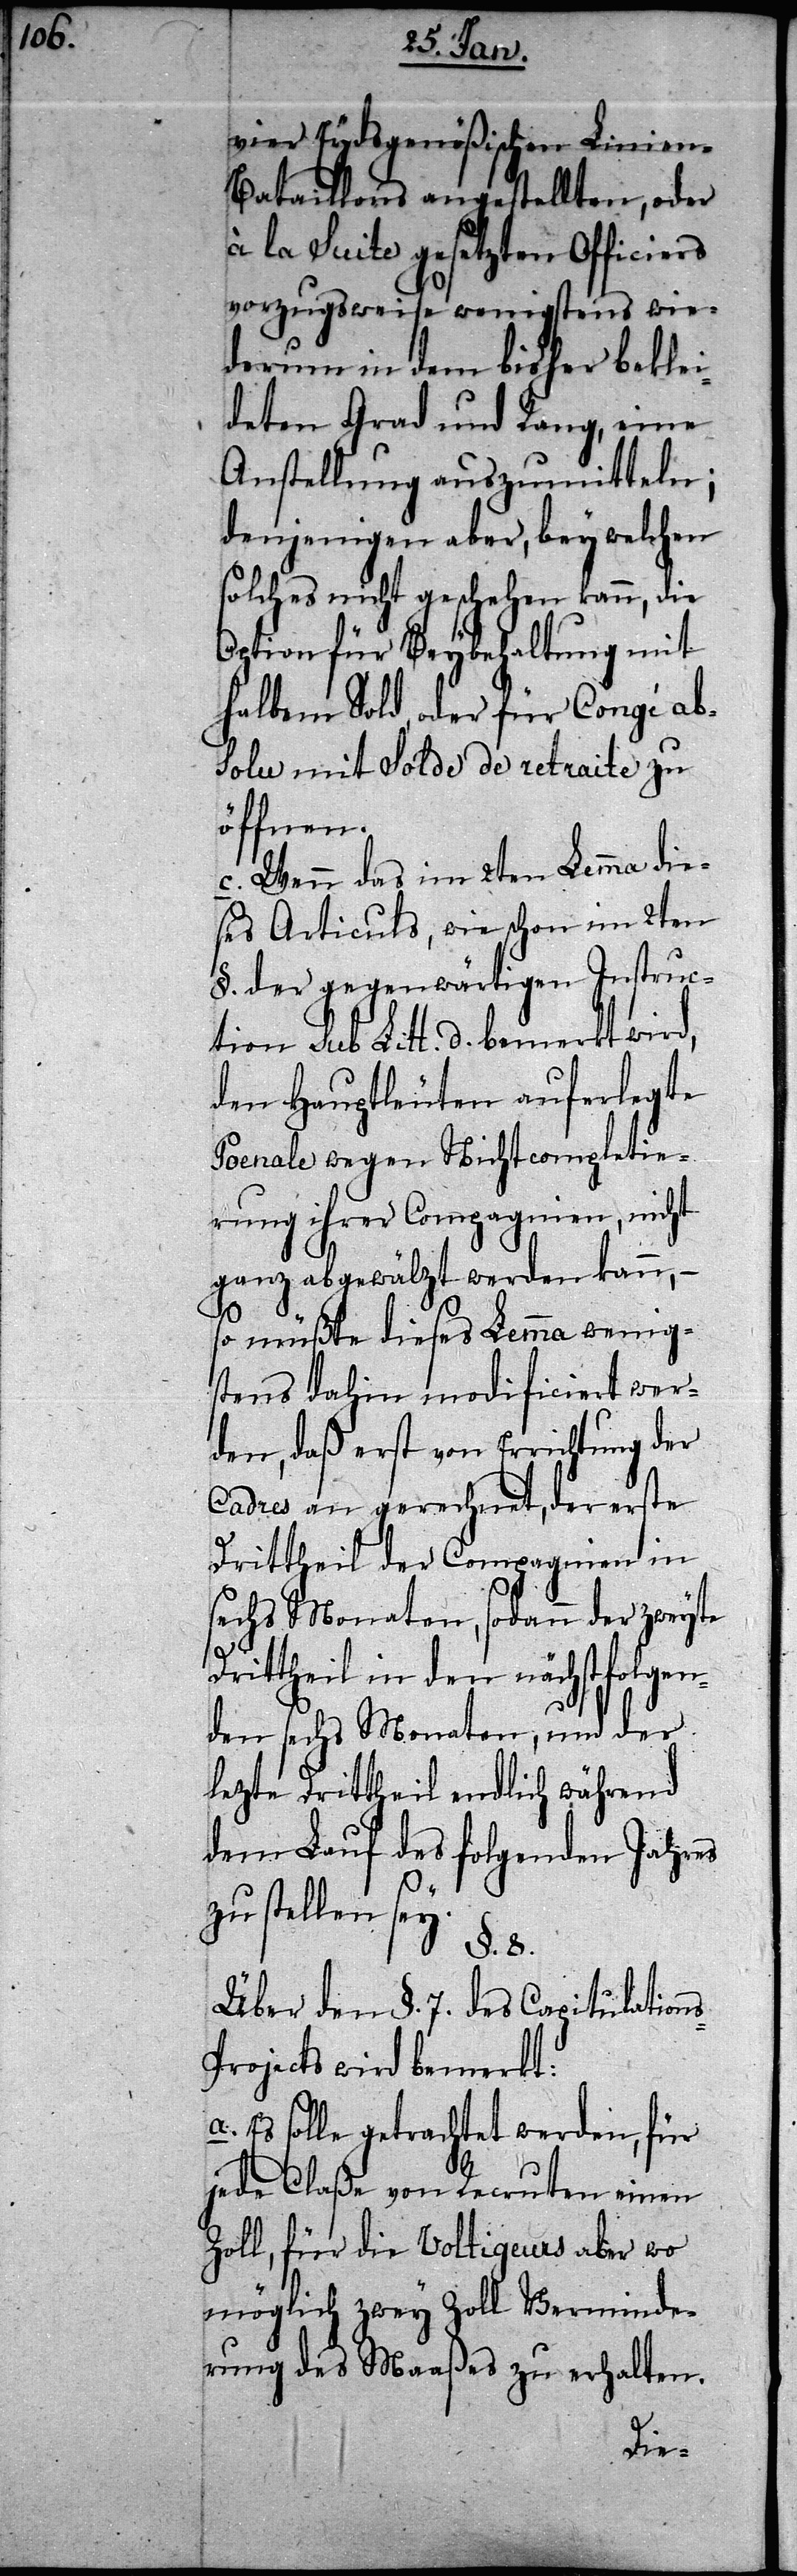
vier Eydsgenößischen Linien-B¬
ataillons angestellten, oder
la Suite gesetzten Officiers
vorzugsweise wenigstens wie¬
derum in dem bisher beklei¬
deten Grad und Rang, eine
Anstellung auszumitteln;
denjenigen aber, bey welchen
solches nicht geschehen kann, die
Option für Beybehaltung mit
halbem Sold, oder für Congé ab¬
solu mit Solde de retraite zu
öffnen.
c. Wenn das im 2ten Lemma die¬
ses Articuls, wie schon im 2ten
§. der gegenwärtigen Instruc¬
tion sub Litt. d. bemerkt wird,
den Hauptleuten auferlegte
Poenale wegen Nichtcompletie¬
rung ihrer Compagnien, nicht
ganz abgewälzt werden kann, –
so müßte dieses Lemma wenig¬
sten dahin modificiert wer¬
den, daß erst von Errichtung der
Cadres an gerechnet, der erste
Drittheil der Compagnien
in sechs Monaten, und der
lezte Drittheil endlich während
dem Lauf des folgenden Jahres
stellen sey.
§. 8.
Über den §. 7. des Capitulation¬
s-Projects wird bemerkt:
Es solle getrachtet werden, für
jede Claße von Recruten einen
Zoll, für die Voltigeurs aber wo
möglich zwey Zoll Verminde¬
rung des Maaßes zu erhalten.